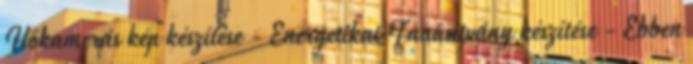
Hőkamerás kép készítése - Energetikai Tanúsítvány készítése - Ebben